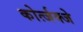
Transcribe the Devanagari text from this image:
कोर्त्जक्जे